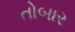
તોબાર